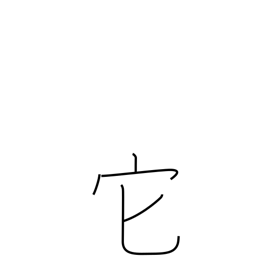
Meaning: other